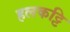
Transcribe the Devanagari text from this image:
हलकट्टि